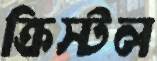
ক্রিস্টল